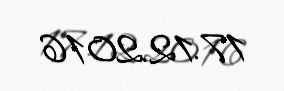
17.12.2016